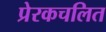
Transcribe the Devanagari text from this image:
प्रेरकचलित